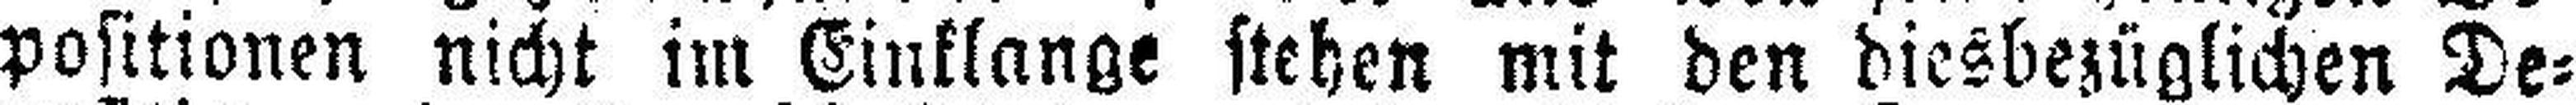
positionen nicht im Einklange stehen mit den diesbezüglichen De¬